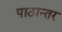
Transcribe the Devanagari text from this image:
पाठान्तर